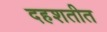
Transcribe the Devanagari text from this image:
दहशतीत